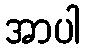
အာပါ